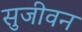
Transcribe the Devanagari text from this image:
सुजीवन